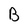
Character: B